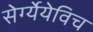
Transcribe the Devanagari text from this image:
सेर्ग्येयेविच